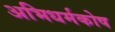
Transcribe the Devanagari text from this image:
अभिधर्मकोष